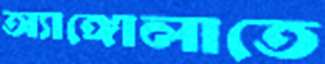
অ্যাঙ্গোলাতে